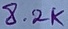
Text: 8.2K